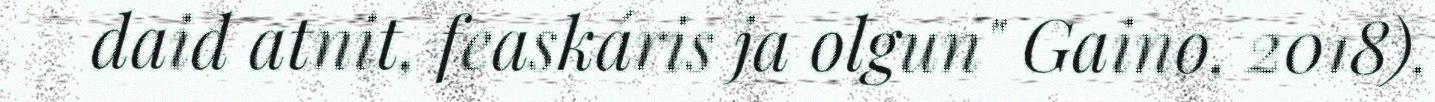
daid atnit, feaskáris ja olgun" Gaino, 2018).